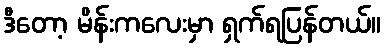
ဒီတော့ မိန်းကလေးမှာ ရှက်ရပြန်တယ်။